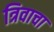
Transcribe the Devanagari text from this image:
त्रिवाचा